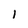
Character: l